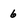
Character: 6